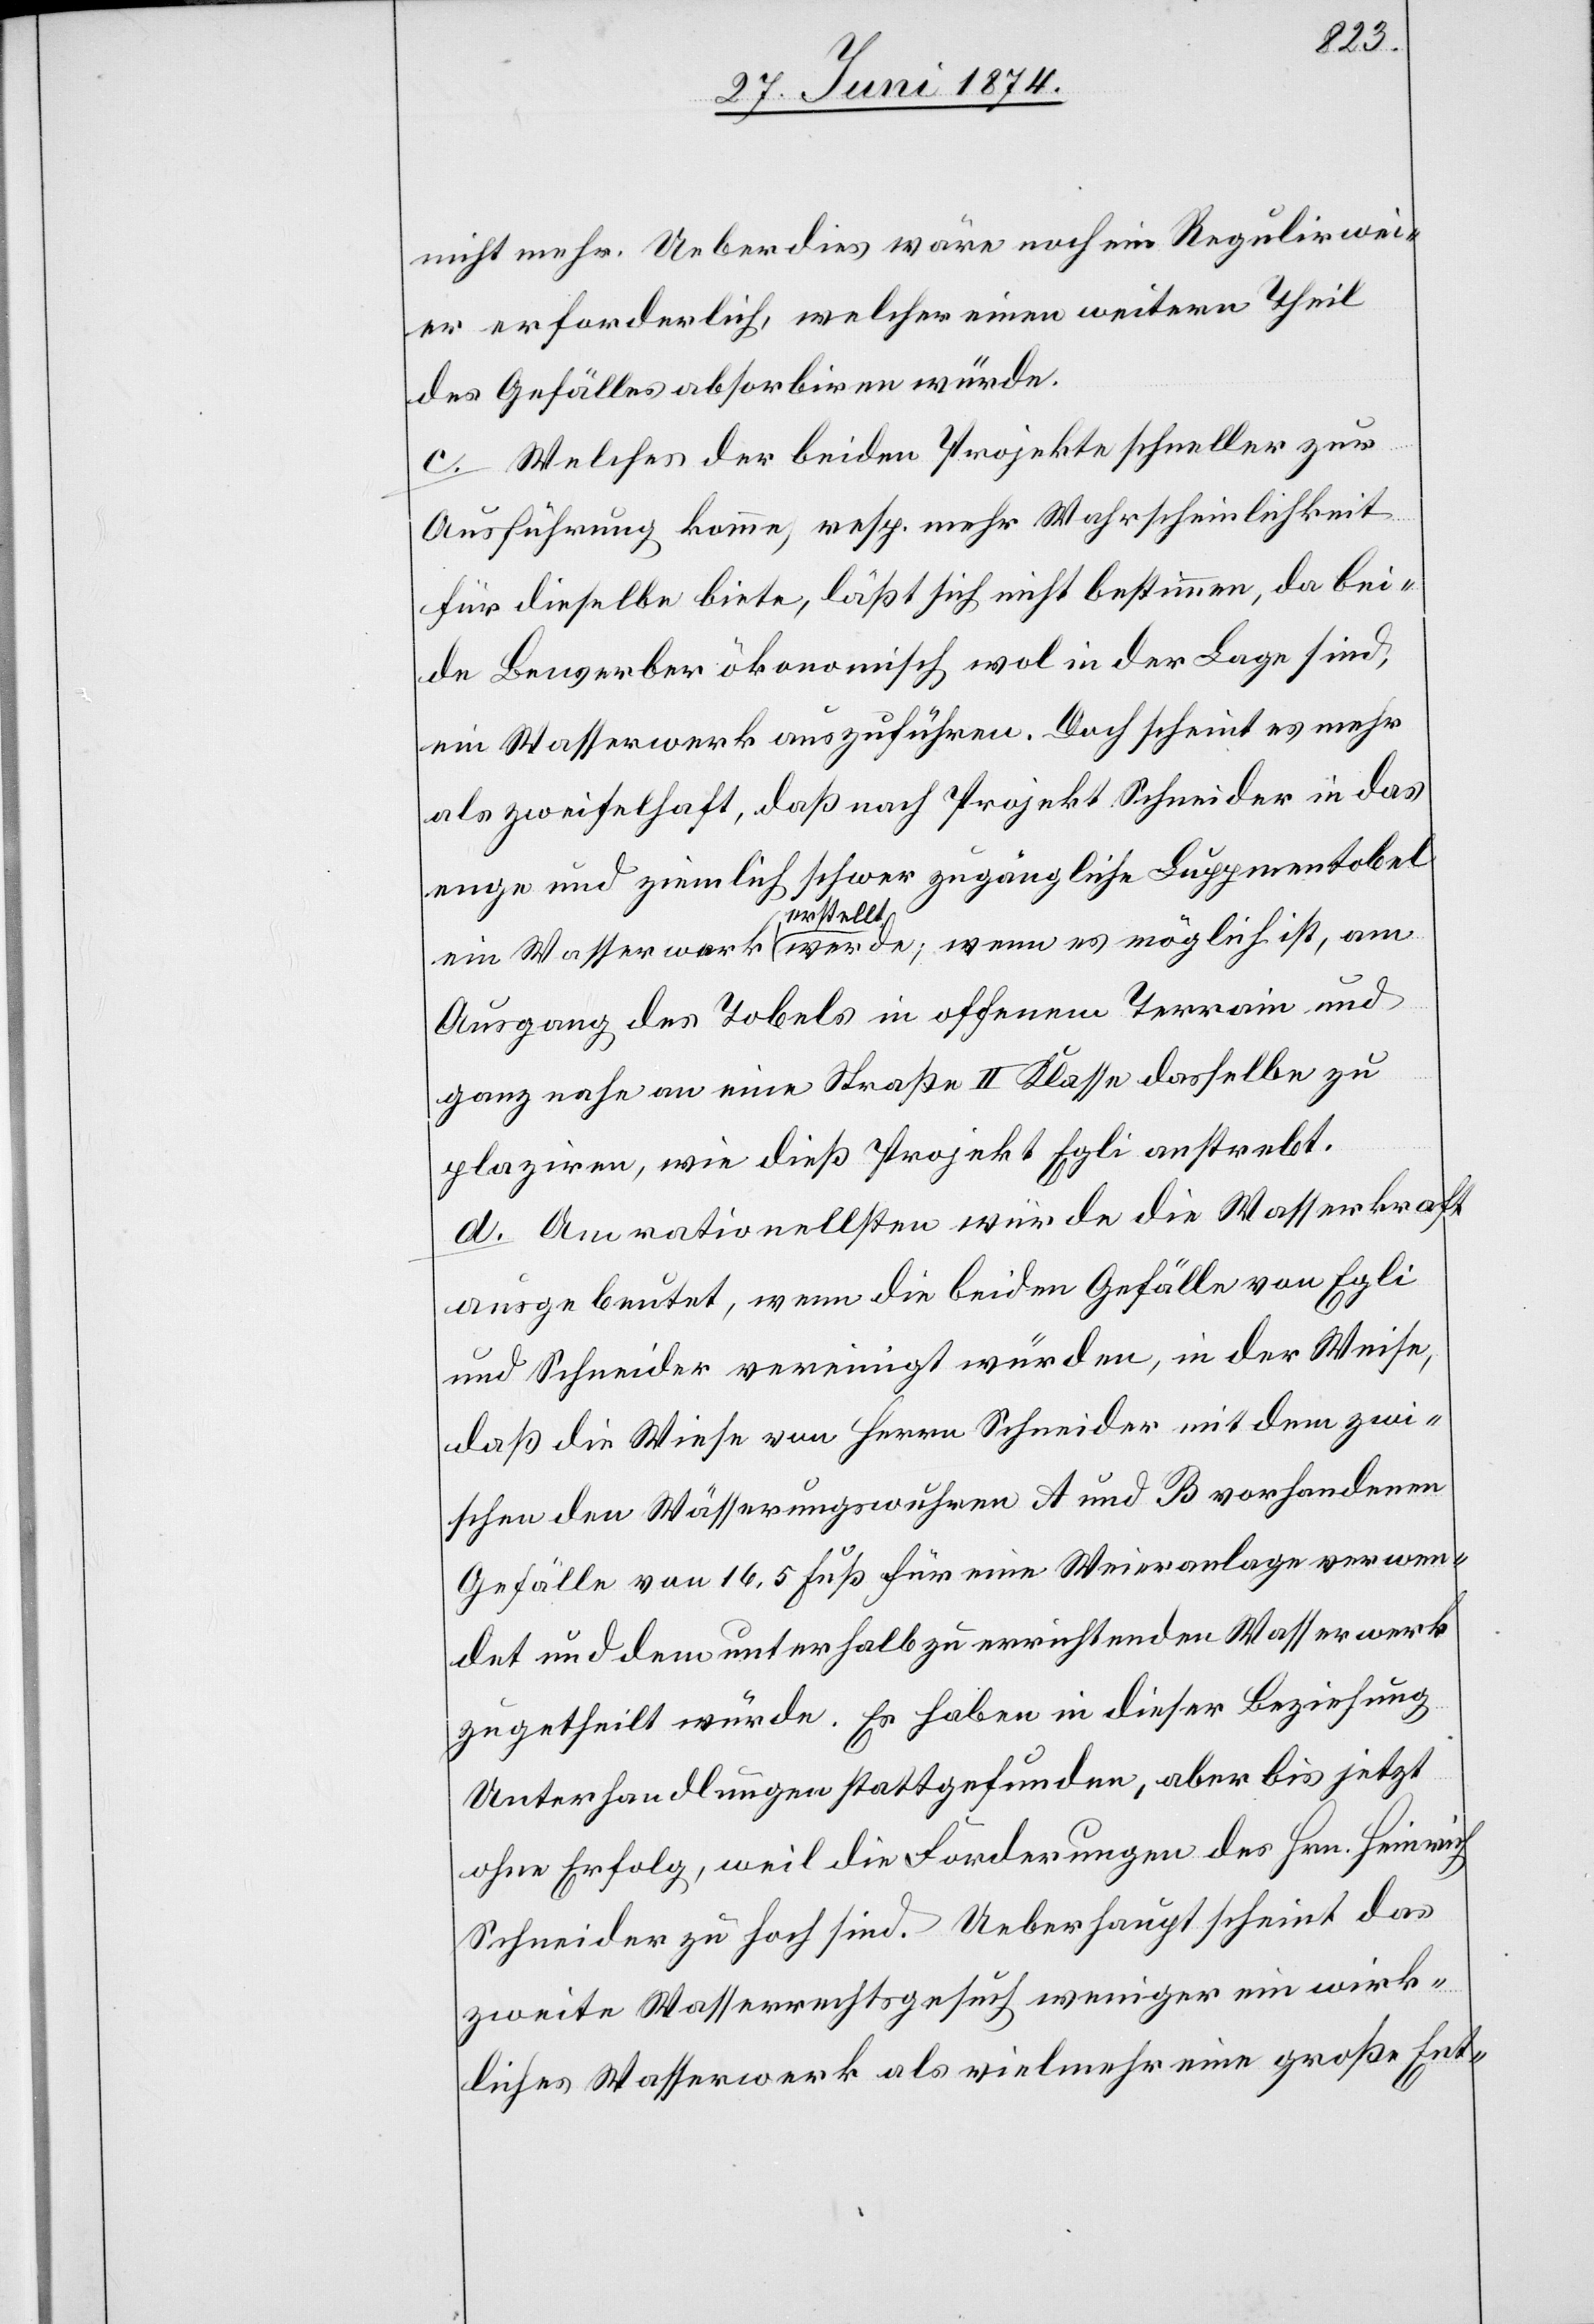
nicht mehr. Ueberdies wäre noch ein Regulirwei¬
er erforderlich, welcher einen weitern Theil
des Gefälles absorbiren würde.
c. Welches der beiden Projekte schneller zur
Ausführung komme, resp. mehr Wahrscheinlichkeit
für dieselbe biete, läßt sich nicht bestimmen, da bei¬
de Bewerber ökonomisch wol in der Lage sind,
ein Wasserwerk auszuführen. Doch scheint es mehr
als zweifelhaft, daß nach Projekt Schneider in das
enge und ziemlich schwer zugängliche Luppmentobel
ein Wasserwerk erstellt werde; wenn es möglich ist, am
Ausgang des Tobels in offenem Terrain und
ganz nahe an eine Straße II. Klasse dasselbe zu
plaziren, wie dieß Projekt Egli anstrebt.
d. Am rationellsten würde die Wasserkraft
ausgebeutet, wenn die beiden Gefälle von Egli
und Schneider vereinigt würden, in der Weise,
daß die Wiese von Herrn Schneider mit dem zwi¬
schen den Wässerungswuhren A und B vorhandenen
Gefälle von 16,5 Fuß für eine Weieranlage verwen¬
det und dem unterhalb zu errichtenden Wasserwerk
zugetheilt würde. Es haben in dieser Beziehung
Unterhandlungen stattgefunden, aber bis jetzt
ohne Erfolg, weil die Forderungen des Hrn. Heinrich
Schneider zu hoch sind. Ueberhaupt scheint das
zweite Wasserrechtsgesuch weniger ein wirk¬
liches Wasserwerk als vielmehr eine große Ent-